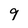
Character: 9